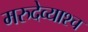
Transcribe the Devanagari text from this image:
मरुदेव्याश्च